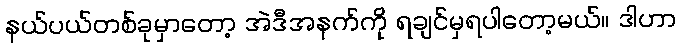
နယ်ပယ်တစ်ခုမှာတော့ အဲဒီအနက်ကို ရချင်မှရပါတော့မယ်။ ဒါဟာ